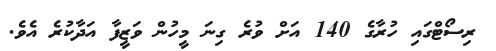
ރިސޯޓްގައި ހުރާގެ 140 އަށް ވުރެ ގިނަ މީހުން ވަޒީފާ އަދާކުރެ އެވެ.